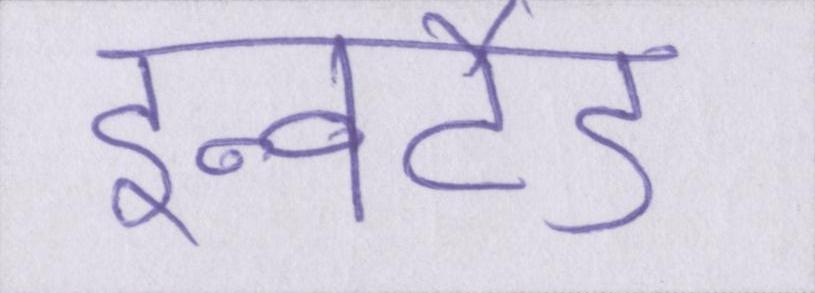
इन्वर्टेड